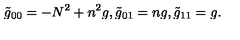
\tilde { g } _ { 0 0 } = - N ^ { 2 } + n ^ { 2 } g , \tilde { g } _ { 0 1 } = n g , \tilde { g } _ { 1 1 } = g .